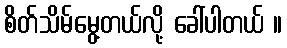
စိတ်သိမ်မွေ့တယ်လို့ ခေါ်ပါတယ် ။